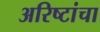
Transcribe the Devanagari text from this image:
अरिष्टांचा